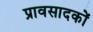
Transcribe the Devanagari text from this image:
प्रावसादकों